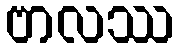
ဗာလဿ